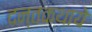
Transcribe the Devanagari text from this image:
दन्तकथाये